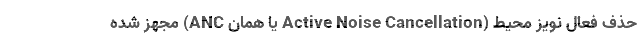
حذف فعال نویز محیط (Active Noise Cancellation یا همان ANC) مجهز شده